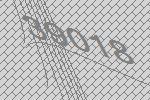
39018